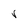
Character: r